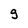
Character: g